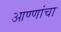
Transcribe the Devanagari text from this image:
आण्णांचा